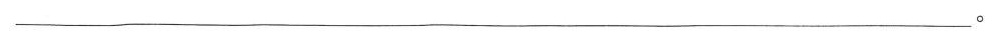
___。